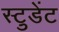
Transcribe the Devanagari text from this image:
स्टु़डेंट